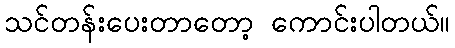
သင်တန်းပေးတာတော့ ကောင်းပါတယ်။